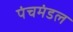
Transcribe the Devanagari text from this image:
पंचमंडल